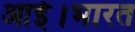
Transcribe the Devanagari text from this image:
आई।भारत